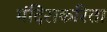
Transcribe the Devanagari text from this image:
मंदिराकरिता